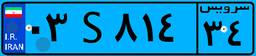
۷۳S۶۵۶۰۲